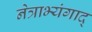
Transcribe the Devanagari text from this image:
नेत्राभ्यंगाद्